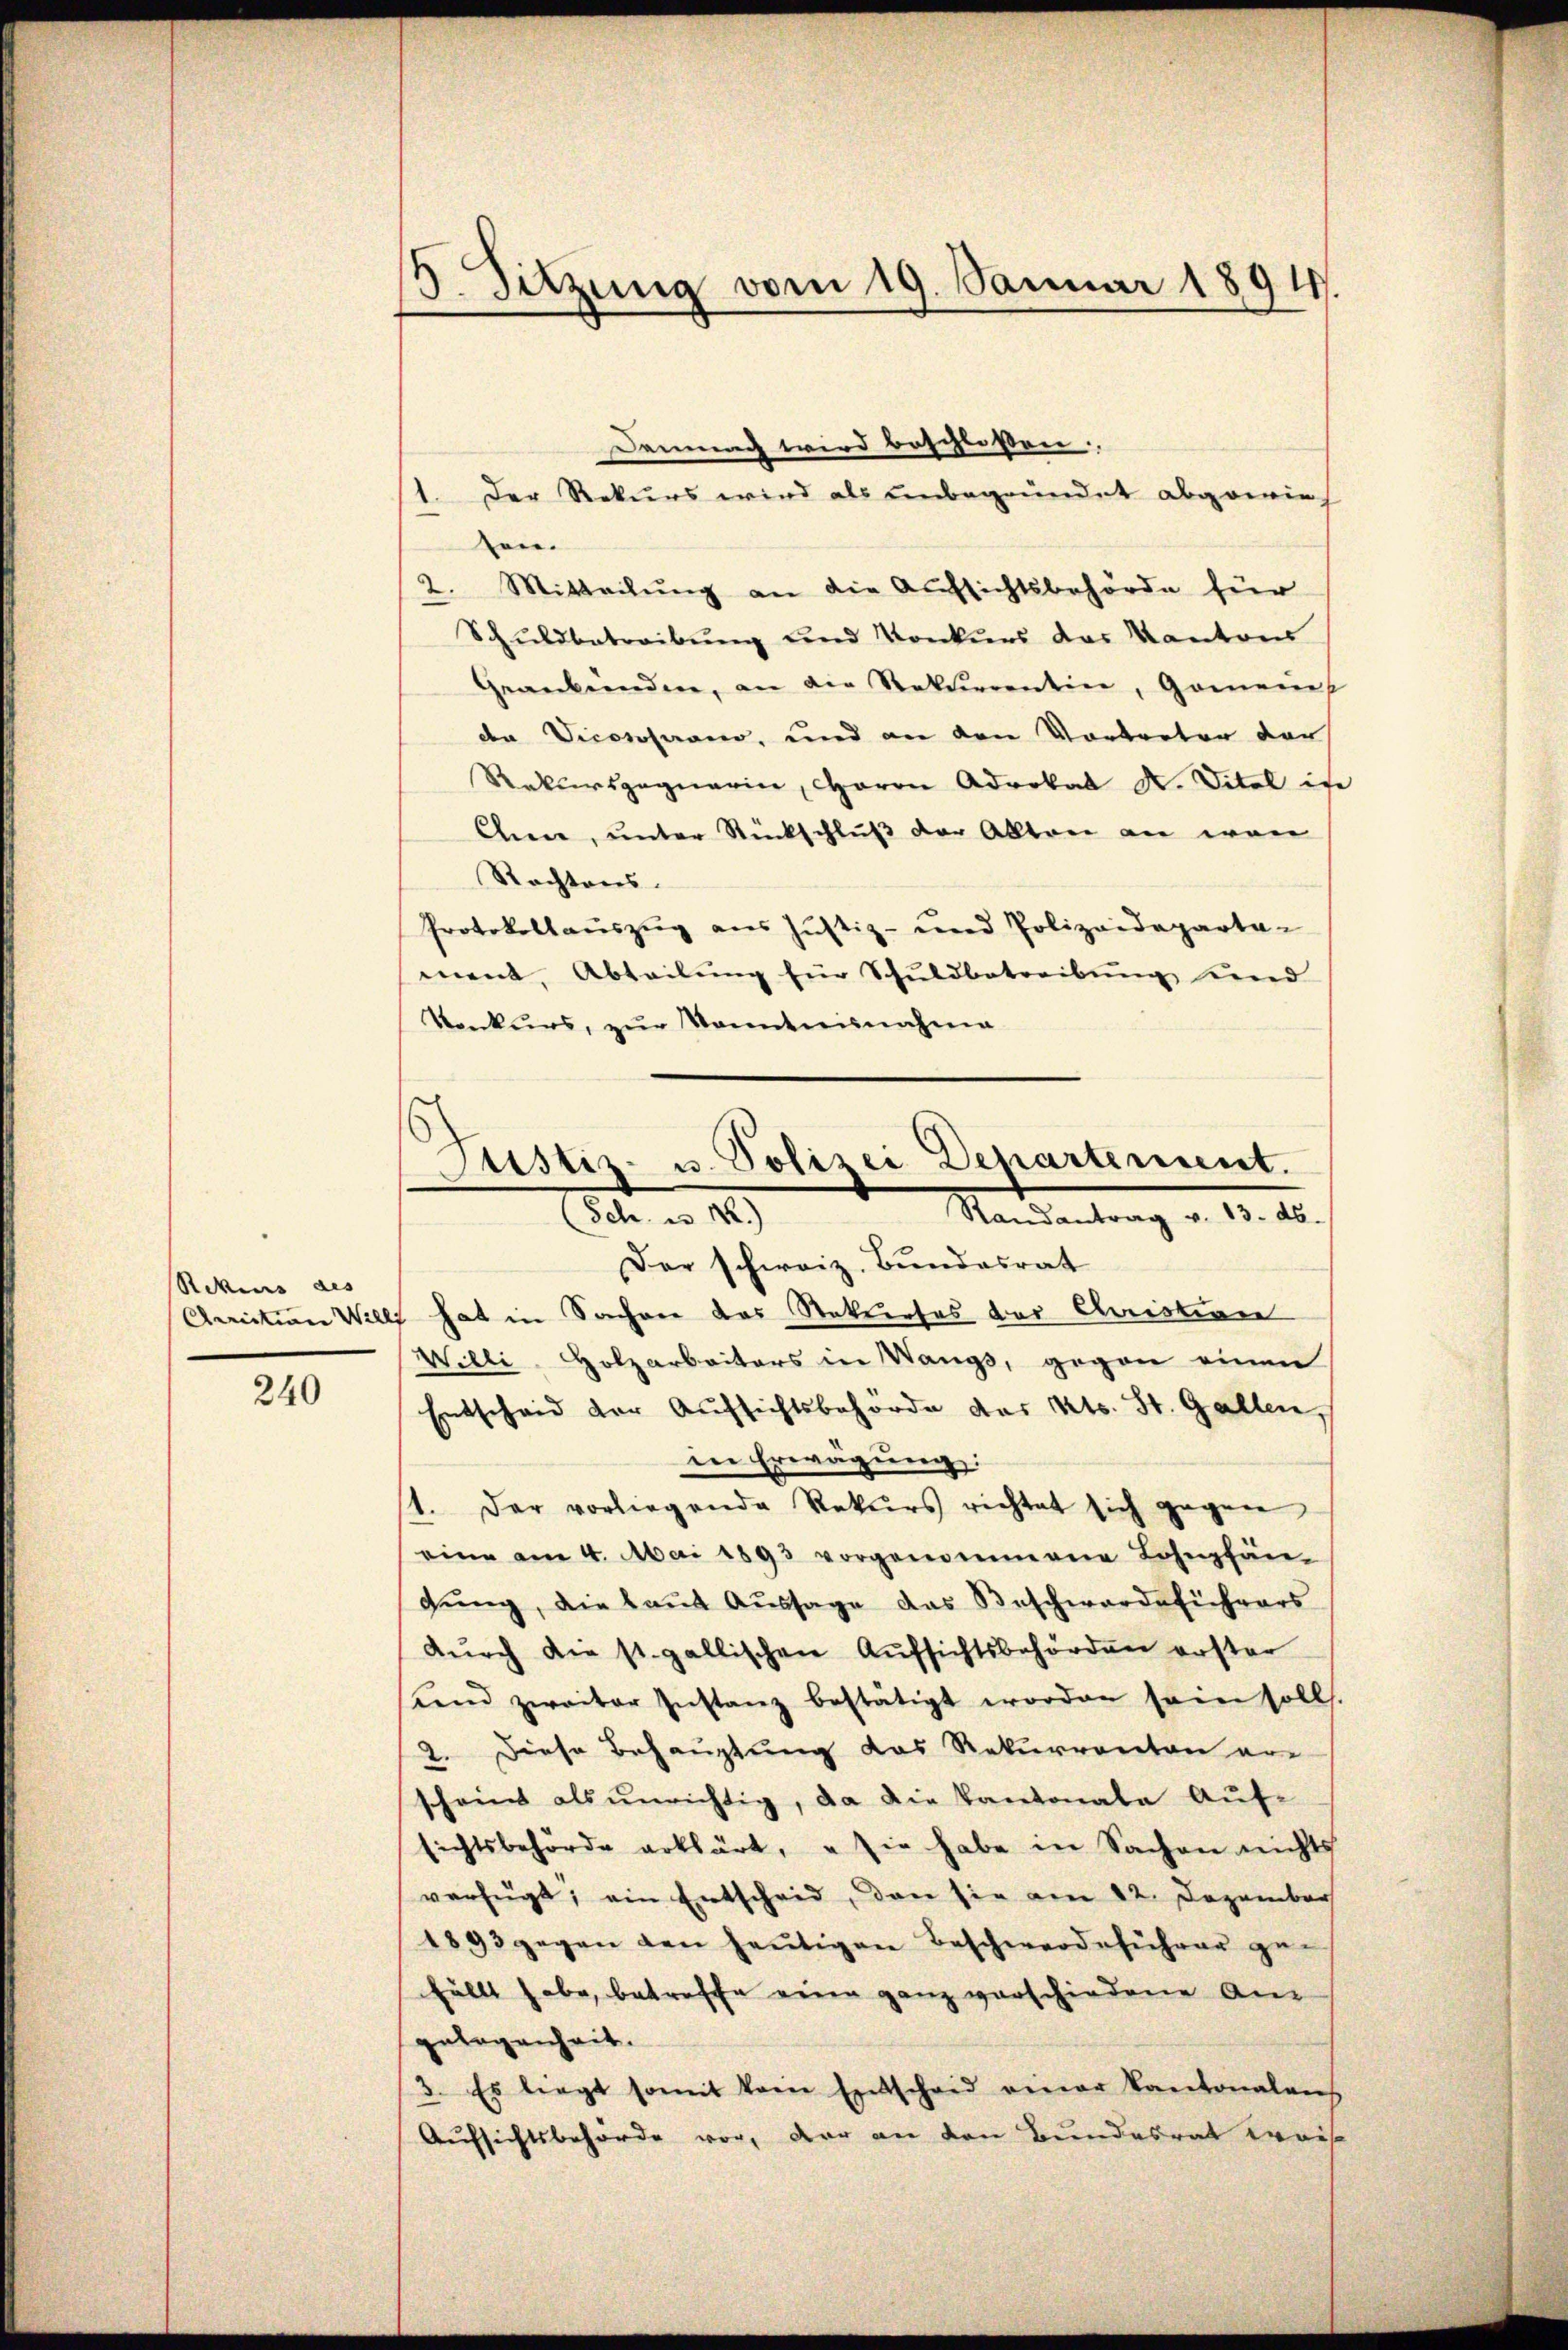
Rikens des
240

5. Sitzung vom 19. Januar 1894.

Der Rekurs wird als unbegründet abgewies
ten.
2. Mitteilung an die Aufsichtsbehörde für
Schuldbetreibung und Konkurs das Kantons
Gegebenden, an die Rekurrentin, Goment
den Viconosaano, und an den Vortreter der
Rekursgegnerin, Baron Advokal N. Vital is
Ahnen, unter Rückschluß der Alltar an wen
Rechtens.
Protokollauszug aus Justiz- und Polizeideparta-
ment, Abteilung für Schuldbetreibung und
Konkurs, zŭr Kenntnisnahme

Damung wird beschlossen,

Justiz- u. Polizei Departement.
Mandantrag v. 15. 10.
(Sch. u. 122.)

Der schweiz. Bundesrat
Crrection Willi hat in Sachere das Rekurses der Christian
Willi, Holzarbeiters in Wangs, gegen einen
Entscheid der Aufsichtsbehörde des Kts. St. Gallen,
in Erwägung:
1. Der vorliegende Rekurs richtet sich gegen
eine am 4. Mai 1893 vorgenommene Lohnpfän-
gŭng, die laŭt Aŭssage das Beschwerdeführers
dŭrch die st. gallischen Aŭfsichtsbehörden erster
send zweiter Instanz bestätigt worden sein soll.
2. Diese Behauptung das Rekurrenten er-
scheint als unrichtig, da die Kantonale Auf-
sichtsbehörde erklärt, u sie habe in Sachen nichts
verfügt, ein Entscheid, den sie am 12. Dezember
1893 gegen den heŭtigen Beschwerdeführer ge-
fällt habe, betreffe einen ganz vorschiedene Ans
gelegenheit.
3. Es liegt somit kein Entscheid einer Kantonalens
Aufsichtsbehörde vor, der an den Bundesrat weis